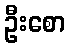
ဦးစော